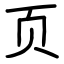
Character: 页